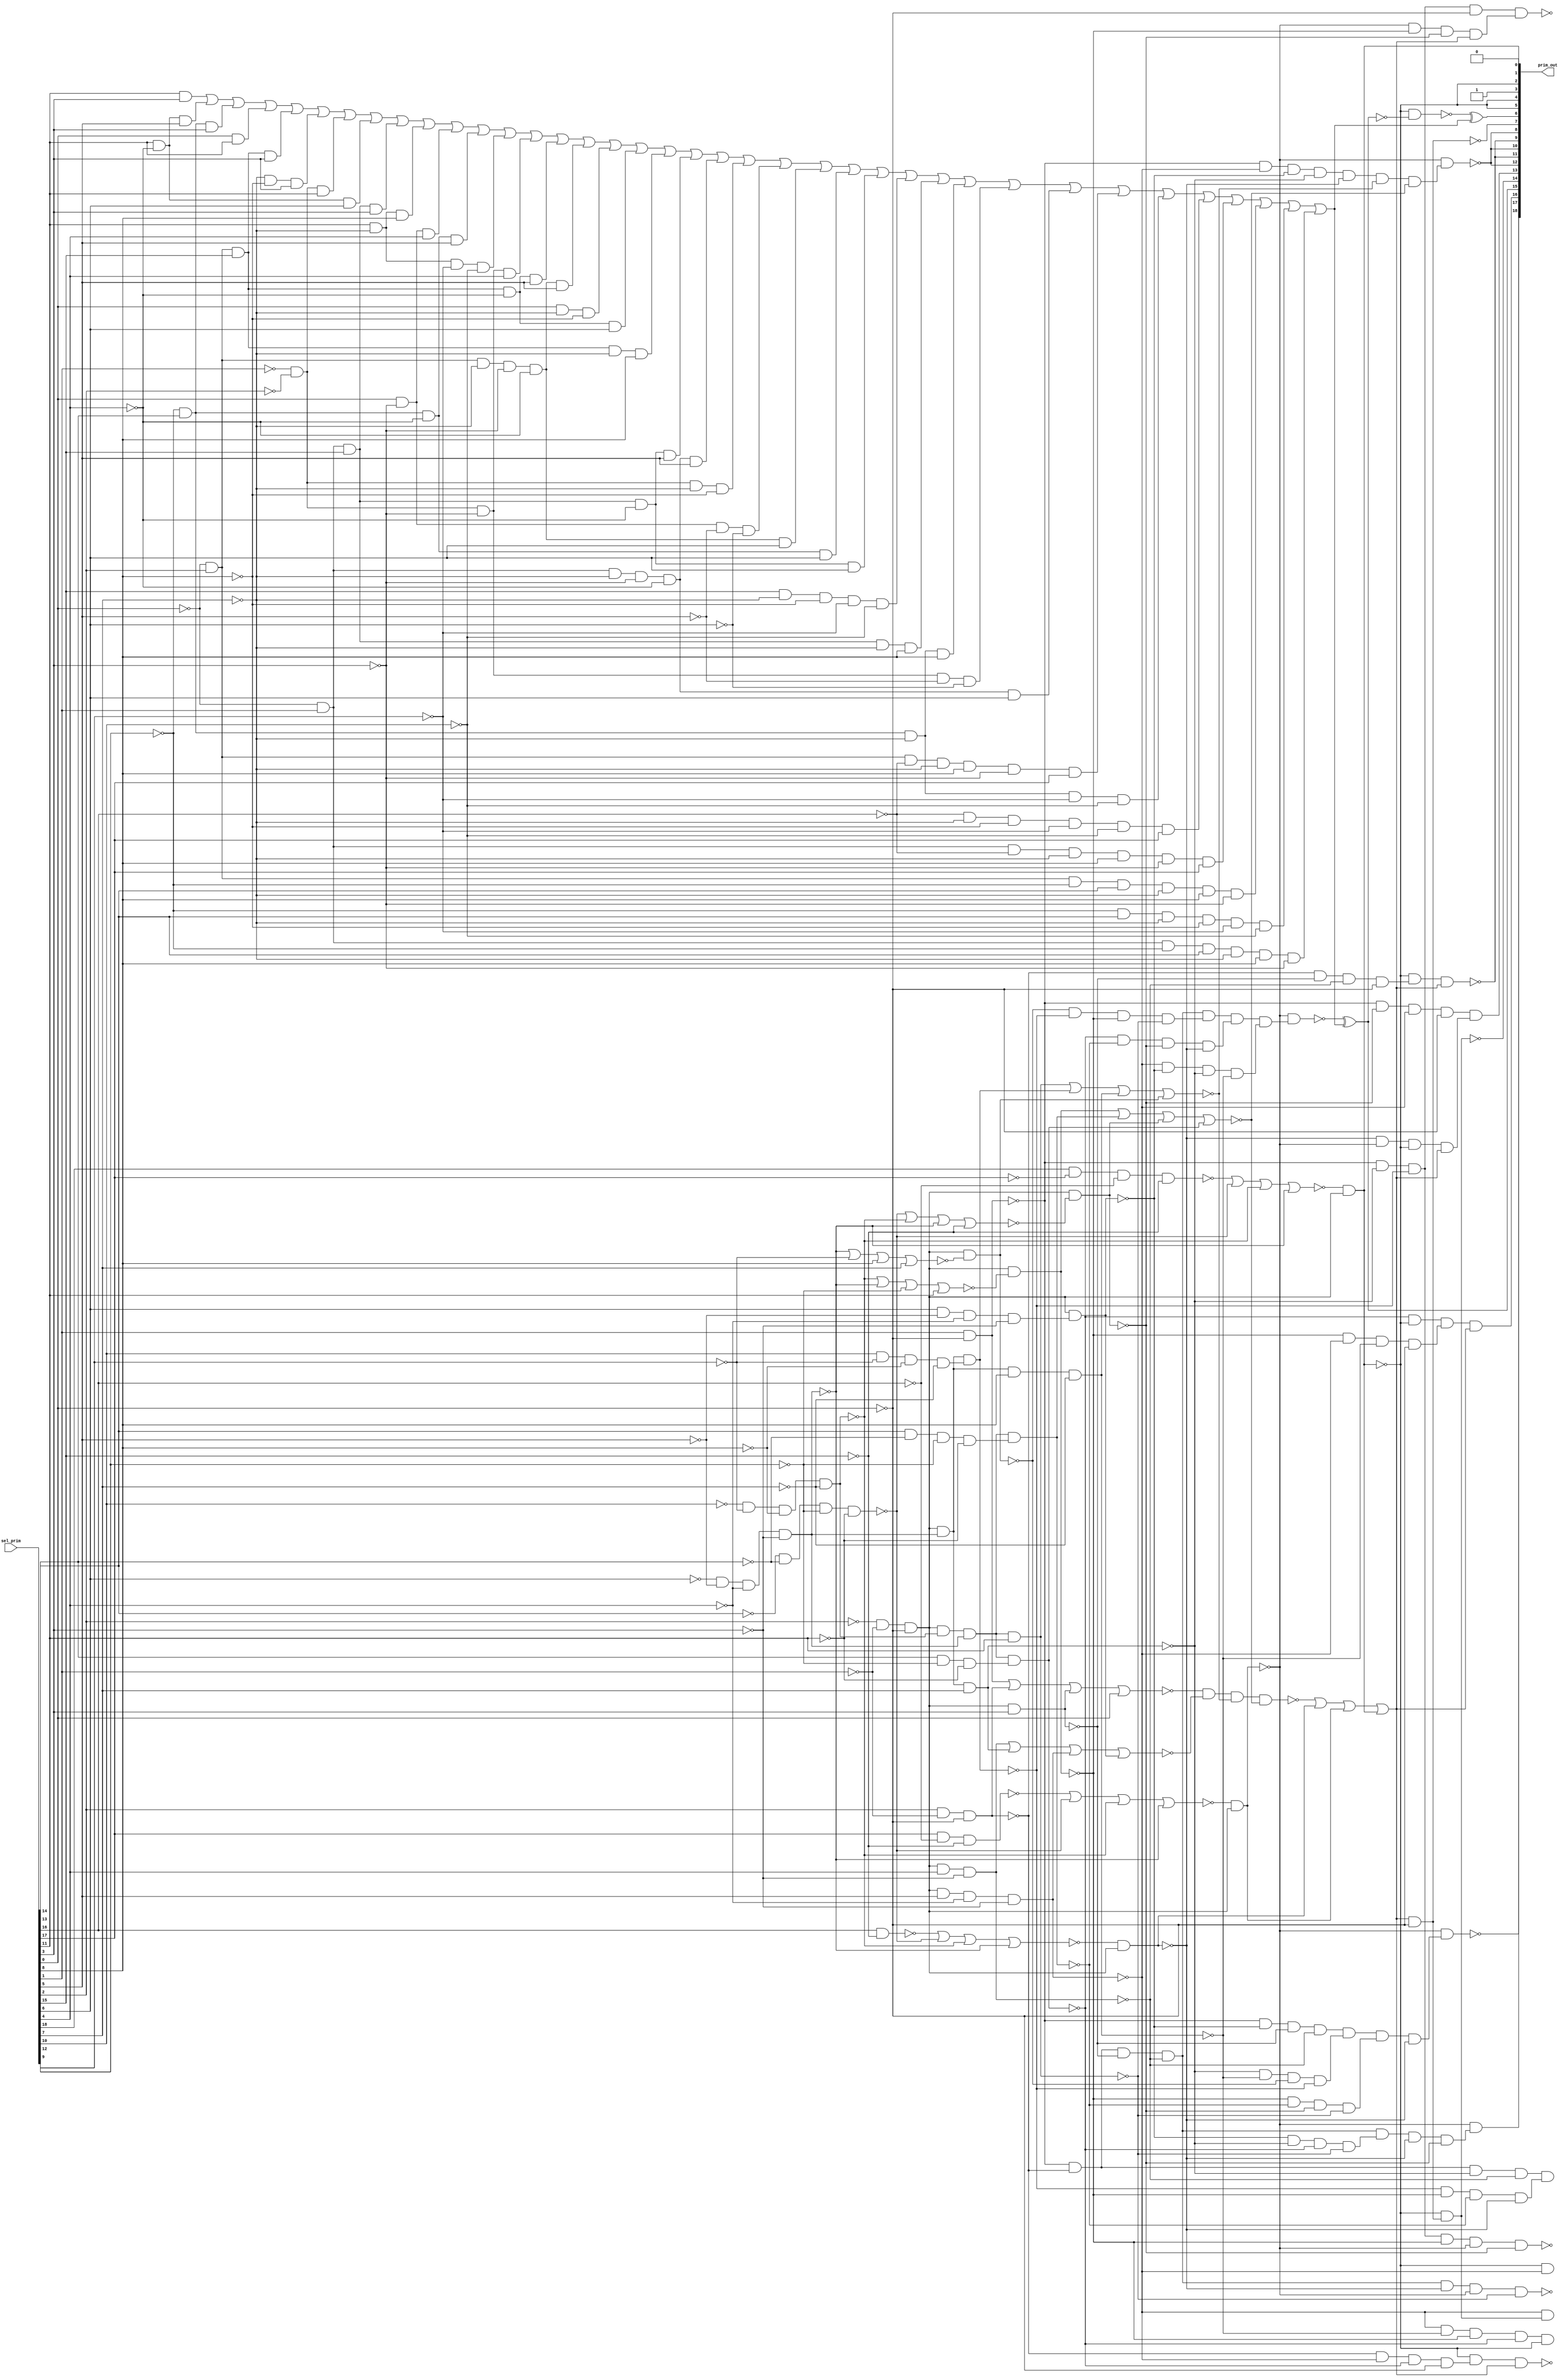
module top(prim_out,sel_prim);
	input [18:0]sel_prim;
	output [31:0]prim_out;
	wire [18:0]sel_prim;
	wire [31:0]prim_out;
	wire ctl_sel_prim_412_12_n_205, ctl_sel_prim_412_12_n_308, ctl_sel_prim_412_12_n_411, ctl_sel_prim_412_12_n_442, ctl_sel_prim_412_12_n_467, ctl_sel_prim_412_12_n_493, ctl_sel_prim_412_12_n_538, n_663, n_678, n_700, n_707, n_717, n_725, n_749, n_855, n_856, n_863, n_864, n_865, n_866, n_867, n_868, n_869, n_870, n_871, n_872, n_873, n_874, n_875, n_876, n_877, n_883, n_884, n_886, n_889, n_890, n_893, n_894, n_895, n_898, n_901, n_905, n_912, n_913, n_918, n_919, n_1234, n_1256, n_1259, n_1260, n_1261, n_1262, n_1263, n_1264, n_1265, n_1266, n_1267, n_1268, n_1269, n_1270, n_1271, n_1272, n_1273, n_1274, n_1275, n_1276, n_1277, n_1278, n_1279, n_1280, n_1281, n_1282, n_1283, n_1284, n_1285, n_1286, n_1287, n_1288, n_1289, n_1290, n_1291, n_1292, n_1293, n_1294, n_1295, n_1296, n_1297, n_1298, n_1299, n_1300, n_1301, n_1302, n_1303, n_1304, n_1305, n_1306, n_1307, n_1308, n_1309, n_1310, n_1311, n_1312, n_1313, n_1314, n_1315, n_1316, n_1317, n_1318, n_1319, n_1320, n_1321, n_1322, n_1323, n_1324, n_1325, n_1326, n_1327, n_1328, n_1329, n_1330, n_1331, n_1332, n_1333, n_1334, n_1335, n_1336, n_1337, n_1338, n_1339, n_1340, n_1341, n_1342, n_1343, n_1344, n_1345, n_1346, n_1347, n_1348, n_1349, n_1350, n_1351;
	wire sub_wire0, w_eco0, w_eco1, w_eco2, w_eco3, w_eco4, w_eco5, w_eco6, w_eco7, w_eco8, w_eco9, w_eco10, w_eco11, w_eco12, w_eco13, w_eco14, w_eco15, w_eco16, w_eco17, w_eco18, w_eco19, w_eco20, w_eco21, w_eco22, w_eco23, w_eco24, w_eco25, w_eco26, w_eco27, w_eco28, w_eco29, w_eco30, w_eco31, w_eco32, w_eco33, w_eco34, w_eco35, w_eco36, w_eco37, w_eco38, sub_wire1, w_eco39, w_eco40, w_eco41, w_eco42, w_eco43, w_eco44, w_eco45, w_eco46, w_eco47, w_eco48, w_eco49, w_eco50, w_eco51, w_eco52, w_eco53, w_eco54, w_eco55, w_eco56, w_eco57, w_eco58, w_eco59, w_eco60, w_eco61, w_eco62, w_eco63, w_eco64, w_eco65, w_eco66, w_eco67, w_eco68, w_eco69, w_eco70, w_eco71, w_eco72, w_eco73, w_eco74, w_eco75, w_eco76, w_eco77;

	assign prim_out[0] = 0;
	assign prim_out[2] = prim_out[5];
	assign prim_out[3] = 1;
	assign prim_out[4] = prim_out[5];
	assign prim_out[8] = prim_out[12];
	assign prim_out[9] = prim_out[11];
	assign prim_out[10] = prim_out[12];
	assign prim_out[17] = prim_out[25];
	assign prim_out[18] = prim_out[26];
	assign prim_out[22] = prim_out[30];
	assign prim_out[23] = prim_out[31];
	not ctl_sel_prim_412_12_g171(prim_out[1], prim_out[5]);
	nor ctl_sel_prim_412_12_g150(ctl_sel_prim_412_12_n_493, n_1277, ctl_sel_prim_412_12_n_411, ctl_sel_prim_412_12_n_308, ctl_sel_prim_412_12_n_205);
	nand ctl_sel_prim_412_12_g177(ctl_sel_prim_412_12_n_538, n_1284, n_1291, n_883, n_884);
	nor ctl_sel_prim_412_12_g134(ctl_sel_prim_412_12_n_442, n_1309, ctl_sel_prim_412_12_n_411, ctl_sel_prim_412_12_n_308, ctl_sel_prim_412_12_n_205);
	nor ctl_sel_prim_412_12_g142(ctl_sel_prim_412_12_n_467, n_1310, ctl_sel_prim_412_12_n_411, ctl_sel_prim_412_12_n_308, ctl_sel_prim_412_12_n_205);
	nand g424(n_886, n_855, n_856, n_873, n_874);
	nand g427(n_889, n_867, n_868, n_869, n_875);
	nand g428(n_890, n_870, n_871, n_872, n_876);
	nand g429(n_678, prim_out[5], n_863);
	nand g431(n_893, n_855, n_864, n_873, n_874);
	nand g432(n_894, n_865, n_866, n_867, n_868);
	nand g433(n_895, n_869, n_871, n_872, n_875);
	nand g436(n_898, n_864, n_865, n_870, n_875);
	nand g439(n_901, n_863, n_866, n_869, n_870);
	nand g443(n_905, n_855, n_865, n_868, n_869);
	nand g450(n_912, n_863, n_864, n_865, n_866);
	nand g451(n_913, n_855, n_863, n_864, n_865);
	nand g456(n_918, n_855, n_856, n_865, n_874);
	nand g457(n_919, n_868, n_869, n_871, n_876);
	not g687(prim_out[28], n_678);
	not g688(prim_out[25], n_700);
	not g689(prim_out[24], n_707);
	not g691(prim_out[16], n_725);
	not g692(prim_out[30], n_663);
	not g694(prim_out[13], n_749);
	not g695(prim_out[20], n_717);
	not g961(n_1259, sel_prim[0]);
	not g962(n_1260, sel_prim[1]);
	not g963(n_1261, sel_prim[2]);
	not g964(n_1262, sel_prim[15]);
	not g965(n_1263, sel_prim[16]);
	not g966(n_1264, sel_prim[11]);
	not g967(n_1265, sel_prim[12]);
	not g968(n_1266, sel_prim[13]);
	not g969(n_1267, sel_prim[14]);
	not g970(n_1268, sel_prim[7]);
	not g971(n_1269, sel_prim[8]);
	not g972(n_1270, sel_prim[9]);
	not g973(n_1271, sel_prim[10]);
	not g974(n_1272, sel_prim[3]);
	not g975(n_1273, sel_prim[4]);
	not g976(n_1274, sel_prim[5]);
	not g977(n_1275, sel_prim[6]);
	not g978(n_1276, sel_prim[17]);
	nand g979(n_1277, sel_prim[18], n_1276, n_1263, n_1262);
	nand g980(ctl_sel_prim_412_12_n_411, n_1267, n_1266, n_1265, n_1264);
	nand g981(ctl_sel_prim_412_12_n_308, n_1271, n_1270, n_1269, n_1268);
	not g982(n_1278, ctl_sel_prim_412_12_n_308);
	nand g983(ctl_sel_prim_412_12_n_205, n_1275, n_1274, n_1273, n_1272);
	not g984(n_1279, ctl_sel_prim_412_12_n_205);
	nand g985(n_1234, n_1261, n_1260, n_1259);
	not g986(n_1280, n_1234);
	nand g987(prim_out[5], ctl_sel_prim_412_12_n_493, n_1280);
	nand g988(n_855, sel_prim[1], n_1259);
	not g989(n_1281, n_855);
	nand g990(n_856, sel_prim[2], n_1260, n_1259);
	not g991(n_1282, n_856);
	nand g992(n_873, n_1280, sel_prim[3]);
	not g993(n_1283, n_873);
	nor g994(n_1284, n_1281, n_1282, n_1283, sel_prim[0]);
	nand g995(n_874, n_1280, sel_prim[4], n_1272);
	not g996(n_1285, n_874);
	nand g997(n_865, n_1280, n_1279, sel_prim[7]);
	not g998(n_1286, n_865);
	nand g999(n_863, n_1280, sel_prim[5], n_1273, n_1272);
	not g1000(n_1287, n_863);
	nand g1001(n_1288, sel_prim[6], n_1274, n_1273, n_1272);
	not g1002(n_1289, n_1288);
	nand g1003(n_864, n_1280, n_1289);
	not g1004(n_1290, n_864);
	nor g1005(n_1291, n_1285, n_1286, n_1287, n_1290);
	nand g1006(n_875, n_1280, n_1278, n_1279, sel_prim[11]);
	not g1007(n_1292, n_875);
	nand g1008(n_1293, sel_prim[10], n_1270, n_1269, n_1268);
	not g1009(n_1294, n_1293);
	nand g1010(n_868, n_1280, n_1279, n_1294);
	not g1011(n_1295, n_868);
	nand g1012(n_866, n_1280, n_1279, sel_prim[8], n_1268);
	not g1013(n_1296, n_866);
	nor g1014(n_1297, ctl_sel_prim_412_12_n_205, n_1270, sel_prim[8], sel_prim[7]);
	nand g1015(n_867, n_1280, n_1297);
	not g1016(n_1298, n_867);
	nor g1017(n_883, n_1292, n_1295, n_1296, n_1298);
	nor g1018(n_1299, ctl_sel_prim_412_12_n_308, ctl_sel_prim_412_12_n_205, n_1265, sel_prim[11]);
	nand g1019(n_869, n_1280, n_1299);
	not g1020(n_1300, n_869);
	nand g1021(n_1301, sel_prim[14], n_1266, n_1265, n_1264);
	not g1022(n_1302, n_1301);
	nand g1023(n_871, n_1280, n_1278, n_1279, n_1302);
	not g1024(n_1303, n_871);
	nor g1025(n_1304, ctl_sel_prim_412_12_n_411, ctl_sel_prim_412_12_n_308, ctl_sel_prim_412_12_n_205, n_1262);
	nand g1026(n_872, n_1280, n_1304);
	not g1027(n_1305, n_872);
	nand g1028(n_1306, sel_prim[13], n_1265, n_1264);
	not g1029(n_1307, n_1306);
	nand g1030(n_870, n_1280, n_1278, n_1279, n_1307);
	not g1031(n_1308, n_870);
	nor g1032(n_884, n_1300, n_1303, n_1305, n_1308);
	nand g1033(n_1309, sel_prim[16], n_1262);
	nand g1034(n_1310, sel_prim[17], n_1263, n_1262);
	not g1035(n_1311, n_886);
	not g1036(n_1312, n_889);
	nand g1037(n_876, ctl_sel_prim_412_12_n_442, n_1280);
	not g1038(n_1313, n_876);
	not g1039(n_1314, n_890);
	not g1040(n_1315, n_893);
	not g1041(n_1316, n_894);
	not g1042(n_1317, n_895);
	not g1043(n_1318, n_898);
	not g1044(n_1319, n_901);
	not g1045(n_1320, n_905);
	not g1046(n_1321, n_912);
	not g1047(n_1322, n_913);
	not g1048(n_1323, n_918);
	not g1049(n_1324, n_919);
	nand g1050(n_877, ctl_sel_prim_412_12_n_467, n_1280);
	not g1051(n_1325, n_877);
	nand g1052(prim_out[31], n_1311, n_876, n_877, n_875);
	nand g1053(n_1326, n_1311, n_1318, n_876, n_872);
	not g1054(n_1327, n_1326);
	nand g1055(n_700, n_877, n_1327);
	nand g1056(n_707, n_1319, prim_out[5]);
	nand g1057(prim_out[21], n_1320, n_877, n_872);
	nand g1058(n_1328, n_869, n_863, n_866, n_1259);
	not g1059(n_1329, n_1328);
	nor g1060(n_1256, ctl_sel_prim_412_12_n_538, n_1313, n_1325, prim_out[1]);
	not g1061(n_1330, n_1256);
	nand g1062(n_725, n_870, prim_out[5], n_1329, n_1330);
	nand g1063(n_663, n_1323, n_1324);
	nand g1064(n_1331, n_855, n_865, n_868, n_1259);
	not g1065(n_1332, n_1331);
	nand g1066(n_1333, n_877, n_869, n_872, n_1330);
	not g1067(n_1334, n_1333);
	nand g1068(prim_out[29], n_1332, n_1334);
	nand g1069(n_1335, n_855, n_872, n_863, n_1259);
	not g1070(n_1336, n_1335);
	nand g1071(n_1337, n_876, n_877, prim_out[5], n_1330);
	not g1072(n_1338, n_1337);
	nand g1073(n_749, n_1336, n_1338);
	nand g1074(prim_out[7], n_1330, n_1259);
	not g1075(n_1339, prim_out[7]);
	nand g1076(prim_out[14], prim_out[5], n_1339);
	not g1077(n_1340, prim_out[14]);
	nand g1078(n_717, n_863, n_1340);
	nand g1079(n_1341, n_856, n_863, n_870, n_1259);
	not g1080(n_1342, n_1341);
	nand g1081(n_1343, n_856, n_873, n_874, n_1259);
	not g1082(n_1344, n_1343);
	nand g1083(n_1345, n_1315, n_1316, n_1317, n_876);
	not g1084(n_1346, n_1345);
	nand g1085(n_1347, n_1311, n_1312, n_1314, n_1321);
	not g1086(n_1348, n_1347);
	nand g1087(n_1349, n_1322, n_876, n_883, n_884);
	not g1088(n_1350, n_1349);
	nand g1089(prim_out[26], n_877, n_1346);
	nand g1090(sub_wire0, n_877, n_1348);
	not g1091(n_1351, prim_out[15]);
	nand g1092(prim_out[12], n_877, n_1350);
	nand g1093(prim_out[27], prim_out[5], n_1342, n_1330);
	nand g1094(prim_out[11], prim_out[5], n_1344, n_1330);
	nand g1095(sub_wire1, prim_out[5], n_1351);
	and _ECO_0(w_eco0, sel_prim[11], sel_prim[3]);
	and _ECO_1(w_eco1, sel_prim[11], !sel_prim[4], sel_prim[5]);
	and _ECO_2(w_eco2, !sel_prim[12], sel_prim[13], sel_prim[3]);
	and _ECO_3(w_eco3, sel_prim[0], sel_prim[11]);
	and _ECO_4(w_eco4, !sel_prim[0], sel_prim[2], sel_prim[15], sel_prim[3]);
	and _ECO_5(w_eco5, !sel_prim[7], !sel_prim[8], sel_prim[3]);
	and _ECO_6(w_eco6, !sel_prim[1], !sel_prim[2], sel_prim[11]);
	and _ECO_7(w_eco7, sel_prim[11], !sel_prim[4], sel_prim[6]);
	and _ECO_8(w_eco8, !sel_prim[0], sel_prim[1], sel_prim[15], sel_prim[3]);
	and _ECO_9(w_eco9, sel_prim[11], !sel_prim[7], sel_prim[8]);
	and _ECO_10(w_eco10, sel_prim[0], !sel_prim[3], sel_prim[4]);
	and _ECO_11(w_eco11, !sel_prim[12], sel_prim[13], !sel_prim[4], sel_prim[5]);
	and _ECO_12(w_eco12, sel_prim[11], !sel_prim[7], !sel_prim[9], !sel_prim[10]);
	and _ECO_13(w_eco13, !sel_prim[1], !sel_prim[2], !sel_prim[3], sel_prim[4]);
	and _ECO_14(w_eco14, !sel_prim[0], sel_prim[2], sel_prim[15], !sel_prim[4], sel_prim[5]);
	and _ECO_15(w_eco15, !sel_prim[0], sel_prim[2], !sel_prim[7], !sel_prim[3], !sel_prim[4], sel_prim[5]);
	and _ECO_16(w_eco16, sel_prim[0], !sel_prim[7], !sel_prim[8]);
	and _ECO_17(w_eco17, !sel_prim[0], sel_prim[2], sel_prim[15], !sel_prim[4], sel_prim[6]);
	and _ECO_18(w_eco18, !sel_prim[0], sel_prim[2], sel_prim[15], !sel_prim[7], sel_prim[8]);
	and _ECO_19(w_eco19, !sel_prim[0], sel_prim[1], sel_prim[15], !sel_prim[4], sel_prim[5]);
	and _ECO_20(w_eco20, !sel_prim[0], sel_prim[1], !sel_prim[7], !sel_prim[3], !sel_prim[4], sel_prim[5]);
	and _ECO_21(w_eco21, !sel_prim[1], !sel_prim[2], !sel_prim[7], !sel_prim[8]);
	and _ECO_22(w_eco22, sel_prim[0], !sel_prim[3], !sel_prim[5], !sel_prim[6]);
	and _ECO_23(w_eco23, !sel_prim[0], sel_prim[2], !sel_prim[7], !sel_prim[3], !sel_prim[4], sel_prim[6]);
	and _ECO_24(w_eco24, !sel_prim[12], sel_prim[13], !sel_prim[4], sel_prim[6]);
	and _ECO_25(w_eco25, !sel_prim[0], sel_prim[1], sel_prim[15], !sel_prim[4], sel_prim[6]);
	and _ECO_26(w_eco26, sel_prim[15], !sel_prim[7], !sel_prim[8], !sel_prim[9], !sel_prim[10]);
	and _ECO_27(w_eco27, !sel_prim[0], sel_prim[1], sel_prim[15], !sel_prim[7], sel_prim[8]);
	and _ECO_28(w_eco28, !sel_prim[12], sel_prim[13], !sel_prim[7], sel_prim[8]);
	and _ECO_29(w_eco29, !sel_prim[1], !sel_prim[2], !sel_prim[3], !sel_prim[5], !sel_prim[6]);
	and _ECO_30(w_eco30, !sel_prim[0], sel_prim[1], !sel_prim[7], !sel_prim[3], !sel_prim[4], sel_prim[6]);
	and _ECO_31(w_eco31, !sel_prim[0], sel_prim[2], !sel_prim[16], !sel_prim[7], sel_prim[8], !sel_prim[3], sel_prim[17]);
	and _ECO_32(w_eco32, !sel_prim[12], sel_prim[13], !sel_prim[7], !sel_prim[9], !sel_prim[10]);
	and _ECO_33(w_eco33, !sel_prim[16], !sel_prim[7], !sel_prim[8], !sel_prim[9], !sel_prim[10], sel_prim[17]);
	and _ECO_34(w_eco34, !sel_prim[0], sel_prim[1], !sel_prim[16], !sel_prim[7], sel_prim[8], !sel_prim[3], sel_prim[17]);
	and _ECO_35(w_eco35, !sel_prim[0], sel_prim[2], !sel_prim[12], sel_prim[14], !sel_prim[7], sel_prim[8], !sel_prim[3]);
	and _ECO_36(w_eco36, !sel_prim[12], sel_prim[14], !sel_prim[7], !sel_prim[8], !sel_prim[9], !sel_prim[10]);
	and _ECO_37(w_eco37, !sel_prim[0], sel_prim[1], !sel_prim[12], sel_prim[14], !sel_prim[7], sel_prim[8], !sel_prim[3]);
	or _ECO_38(w_eco38, w_eco0, w_eco1, w_eco2, w_eco3, w_eco4, w_eco5, w_eco6, w_eco7, w_eco8, w_eco9, w_eco10, w_eco11, w_eco12, w_eco13, w_eco14, w_eco15, w_eco16, w_eco17, w_eco18, w_eco19, w_eco20, w_eco21, w_eco22, w_eco23, w_eco24, w_eco25, w_eco26, w_eco27, w_eco28, w_eco29, w_eco30, w_eco31, w_eco32, w_eco33, w_eco34, w_eco35, w_eco36, w_eco37);
	xor _ECO_out0(prim_out[15], sub_wire0, w_eco38);
	and _ECO_39(w_eco39, sel_prim[11], sel_prim[3]);
	and _ECO_40(w_eco40, sel_prim[11], !sel_prim[4], sel_prim[5]);
	and _ECO_41(w_eco41, !sel_prim[12], sel_prim[13], sel_prim[3]);
	and _ECO_42(w_eco42, sel_prim[0], sel_prim[11]);
	and _ECO_43(w_eco43, !sel_prim[0], sel_prim[2], sel_prim[15], sel_prim[3]);
	and _ECO_44(w_eco44, !sel_prim[7], !sel_prim[8], sel_prim[3]);
	and _ECO_45(w_eco45, !sel_prim[1], !sel_prim[2], sel_prim[11]);
	and _ECO_46(w_eco46, sel_prim[11], !sel_prim[4], sel_prim[6]);
	and _ECO_47(w_eco47, !sel_prim[0], sel_prim[1], sel_prim[15], sel_prim[3]);
	and _ECO_48(w_eco48, sel_prim[11], !sel_prim[7], sel_prim[8]);
	and _ECO_49(w_eco49, sel_prim[0], !sel_prim[3], sel_prim[4]);
	and _ECO_50(w_eco50, !sel_prim[12], sel_prim[13], !sel_prim[4], sel_prim[5]);
	and _ECO_51(w_eco51, sel_prim[11], !sel_prim[7], !sel_prim[9], !sel_prim[10]);
	and _ECO_52(w_eco52, !sel_prim[1], !sel_prim[2], !sel_prim[3], sel_prim[4]);
	and _ECO_53(w_eco53, !sel_prim[0], sel_prim[2], sel_prim[15], !sel_prim[4], sel_prim[5]);
	and _ECO_54(w_eco54, !sel_prim[0], sel_prim[2], !sel_prim[7], !sel_prim[3], !sel_prim[4], sel_prim[5]);
	and _ECO_55(w_eco55, sel_prim[0], !sel_prim[7], !sel_prim[8]);
	and _ECO_56(w_eco56, !sel_prim[0], sel_prim[2], sel_prim[15], !sel_prim[4], sel_prim[6]);
	and _ECO_57(w_eco57, !sel_prim[0], sel_prim[2], sel_prim[15], !sel_prim[7], sel_prim[8]);
	and _ECO_58(w_eco58, !sel_prim[0], sel_prim[1], sel_prim[15], !sel_prim[4], sel_prim[5]);
	and _ECO_59(w_eco59, !sel_prim[0], sel_prim[1], !sel_prim[7], !sel_prim[3], !sel_prim[4], sel_prim[5]);
	and _ECO_60(w_eco60, !sel_prim[1], !sel_prim[2], !sel_prim[7], !sel_prim[8]);
	and _ECO_61(w_eco61, sel_prim[0], !sel_prim[3], !sel_prim[5], !sel_prim[6]);
	and _ECO_62(w_eco62, !sel_prim[0], sel_prim[2], !sel_prim[7], !sel_prim[3], !sel_prim[4], sel_prim[6]);
	and _ECO_63(w_eco63, !sel_prim[12], sel_prim[13], !sel_prim[4], sel_prim[6]);
	and _ECO_64(w_eco64, !sel_prim[0], sel_prim[1], sel_prim[15], !sel_prim[4], sel_prim[6]);
	and _ECO_65(w_eco65, sel_prim[15], !sel_prim[7], !sel_prim[8], !sel_prim[9], !sel_prim[10]);
	and _ECO_66(w_eco66, !sel_prim[0], sel_prim[1], sel_prim[15], !sel_prim[7], sel_prim[8]);
	and _ECO_67(w_eco67, !sel_prim[12], sel_prim[13], !sel_prim[7], sel_prim[8]);
	and _ECO_68(w_eco68, !sel_prim[1], !sel_prim[2], !sel_prim[3], !sel_prim[5], !sel_prim[6]);
	and _ECO_69(w_eco69, !sel_prim[0], sel_prim[1], !sel_prim[7], !sel_prim[3], !sel_prim[4], sel_prim[6]);
	and _ECO_70(w_eco70, !sel_prim[0], sel_prim[2], !sel_prim[16], !sel_prim[7], sel_prim[8], !sel_prim[3], sel_prim[17]);
	and _ECO_71(w_eco71, !sel_prim[12], sel_prim[13], !sel_prim[7], !sel_prim[9], !sel_prim[10]);
	and _ECO_72(w_eco72, !sel_prim[16], !sel_prim[7], !sel_prim[8], !sel_prim[9], !sel_prim[10], sel_prim[17]);
	and _ECO_73(w_eco73, !sel_prim[0], sel_prim[1], !sel_prim[16], !sel_prim[7], sel_prim[8], !sel_prim[3], sel_prim[17]);
	and _ECO_74(w_eco74, !sel_prim[0], sel_prim[2], !sel_prim[12], sel_prim[14], !sel_prim[7], sel_prim[8], !sel_prim[3]);
	and _ECO_75(w_eco75, !sel_prim[12], sel_prim[14], !sel_prim[7], !sel_prim[8], !sel_prim[9], !sel_prim[10]);
	and _ECO_76(w_eco76, !sel_prim[0], sel_prim[1], !sel_prim[12], sel_prim[14], !sel_prim[7], sel_prim[8], !sel_prim[3]);
	or _ECO_77(w_eco77, w_eco39, w_eco40, w_eco41, w_eco42, w_eco43, w_eco44, w_eco45, w_eco46, w_eco47, w_eco48, w_eco49, w_eco50, w_eco51, w_eco52, w_eco53, w_eco54, w_eco55, w_eco56, w_eco57, w_eco58, w_eco59, w_eco60, w_eco61, w_eco62, w_eco63, w_eco64, w_eco65, w_eco66, w_eco67, w_eco68, w_eco69, w_eco70, w_eco71, w_eco72, w_eco73, w_eco74, w_eco75, w_eco76);
	xor _ECO_out1(prim_out[6], sub_wire1, w_eco77);

endmodule